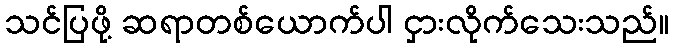
သင်ပြဖို့ ဆရာတစ်ယောက်ပါ ငှားလိုက်သေးသည်။